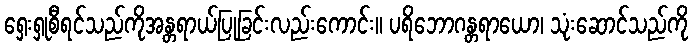
ရှေးရှုစီရင်သည်ကိုအန္တရာယ်ပြုခြင်းလည်းကောင်း။ ပရိဘောဂန္တရာယော၊ သုံးဆောင်သည်ကို